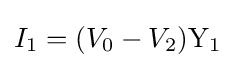
I_{1}=(V_{0}-V_{2})\mathrm {Y_{1}}